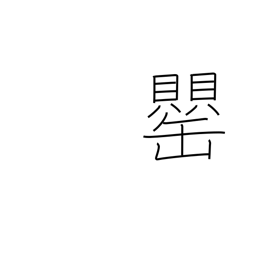
Meaning: vase